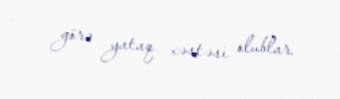
görə yataq xəstəsi olublar.